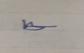
Signature authenticity: genuine